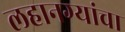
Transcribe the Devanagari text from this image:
लहानग्यांचा